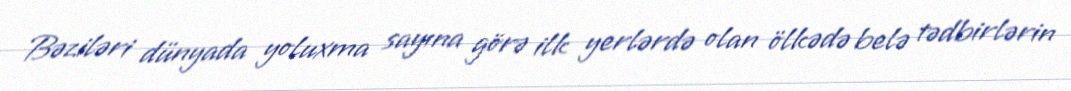
Bəziləri dünyada yoluxma sayına görə ilk yerlərdə olan ölkədə belə tədbirlərin